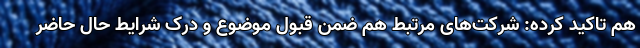
هم تاکید کرده: شرکت‌های مرتبط هم ضمن قبول موضوع و درک شرایط حال حاضر